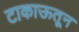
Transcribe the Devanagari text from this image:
टाकाऊतून